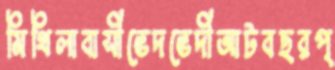
মিথিলাবাসীভেদভেদীআটবছরপ্